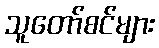
သူတော်စင်များ